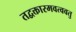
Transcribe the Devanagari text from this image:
तद्वक्तारमवत्ववतु